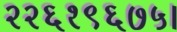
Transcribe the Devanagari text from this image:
२२६१९६७५।